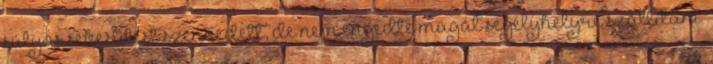
súlyos sebesülést szenvedett, de nem engedte magát segélyhelyre szállítani.